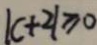
\vert c + 2 \vert \geq 0